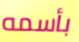
بأسمه